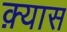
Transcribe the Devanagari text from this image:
क़्यास